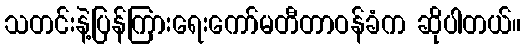
သတင်းနဲ့ပြန်ကြားရေးကော်မတီတာဝန်ခံက ဆိုပါတယ်။